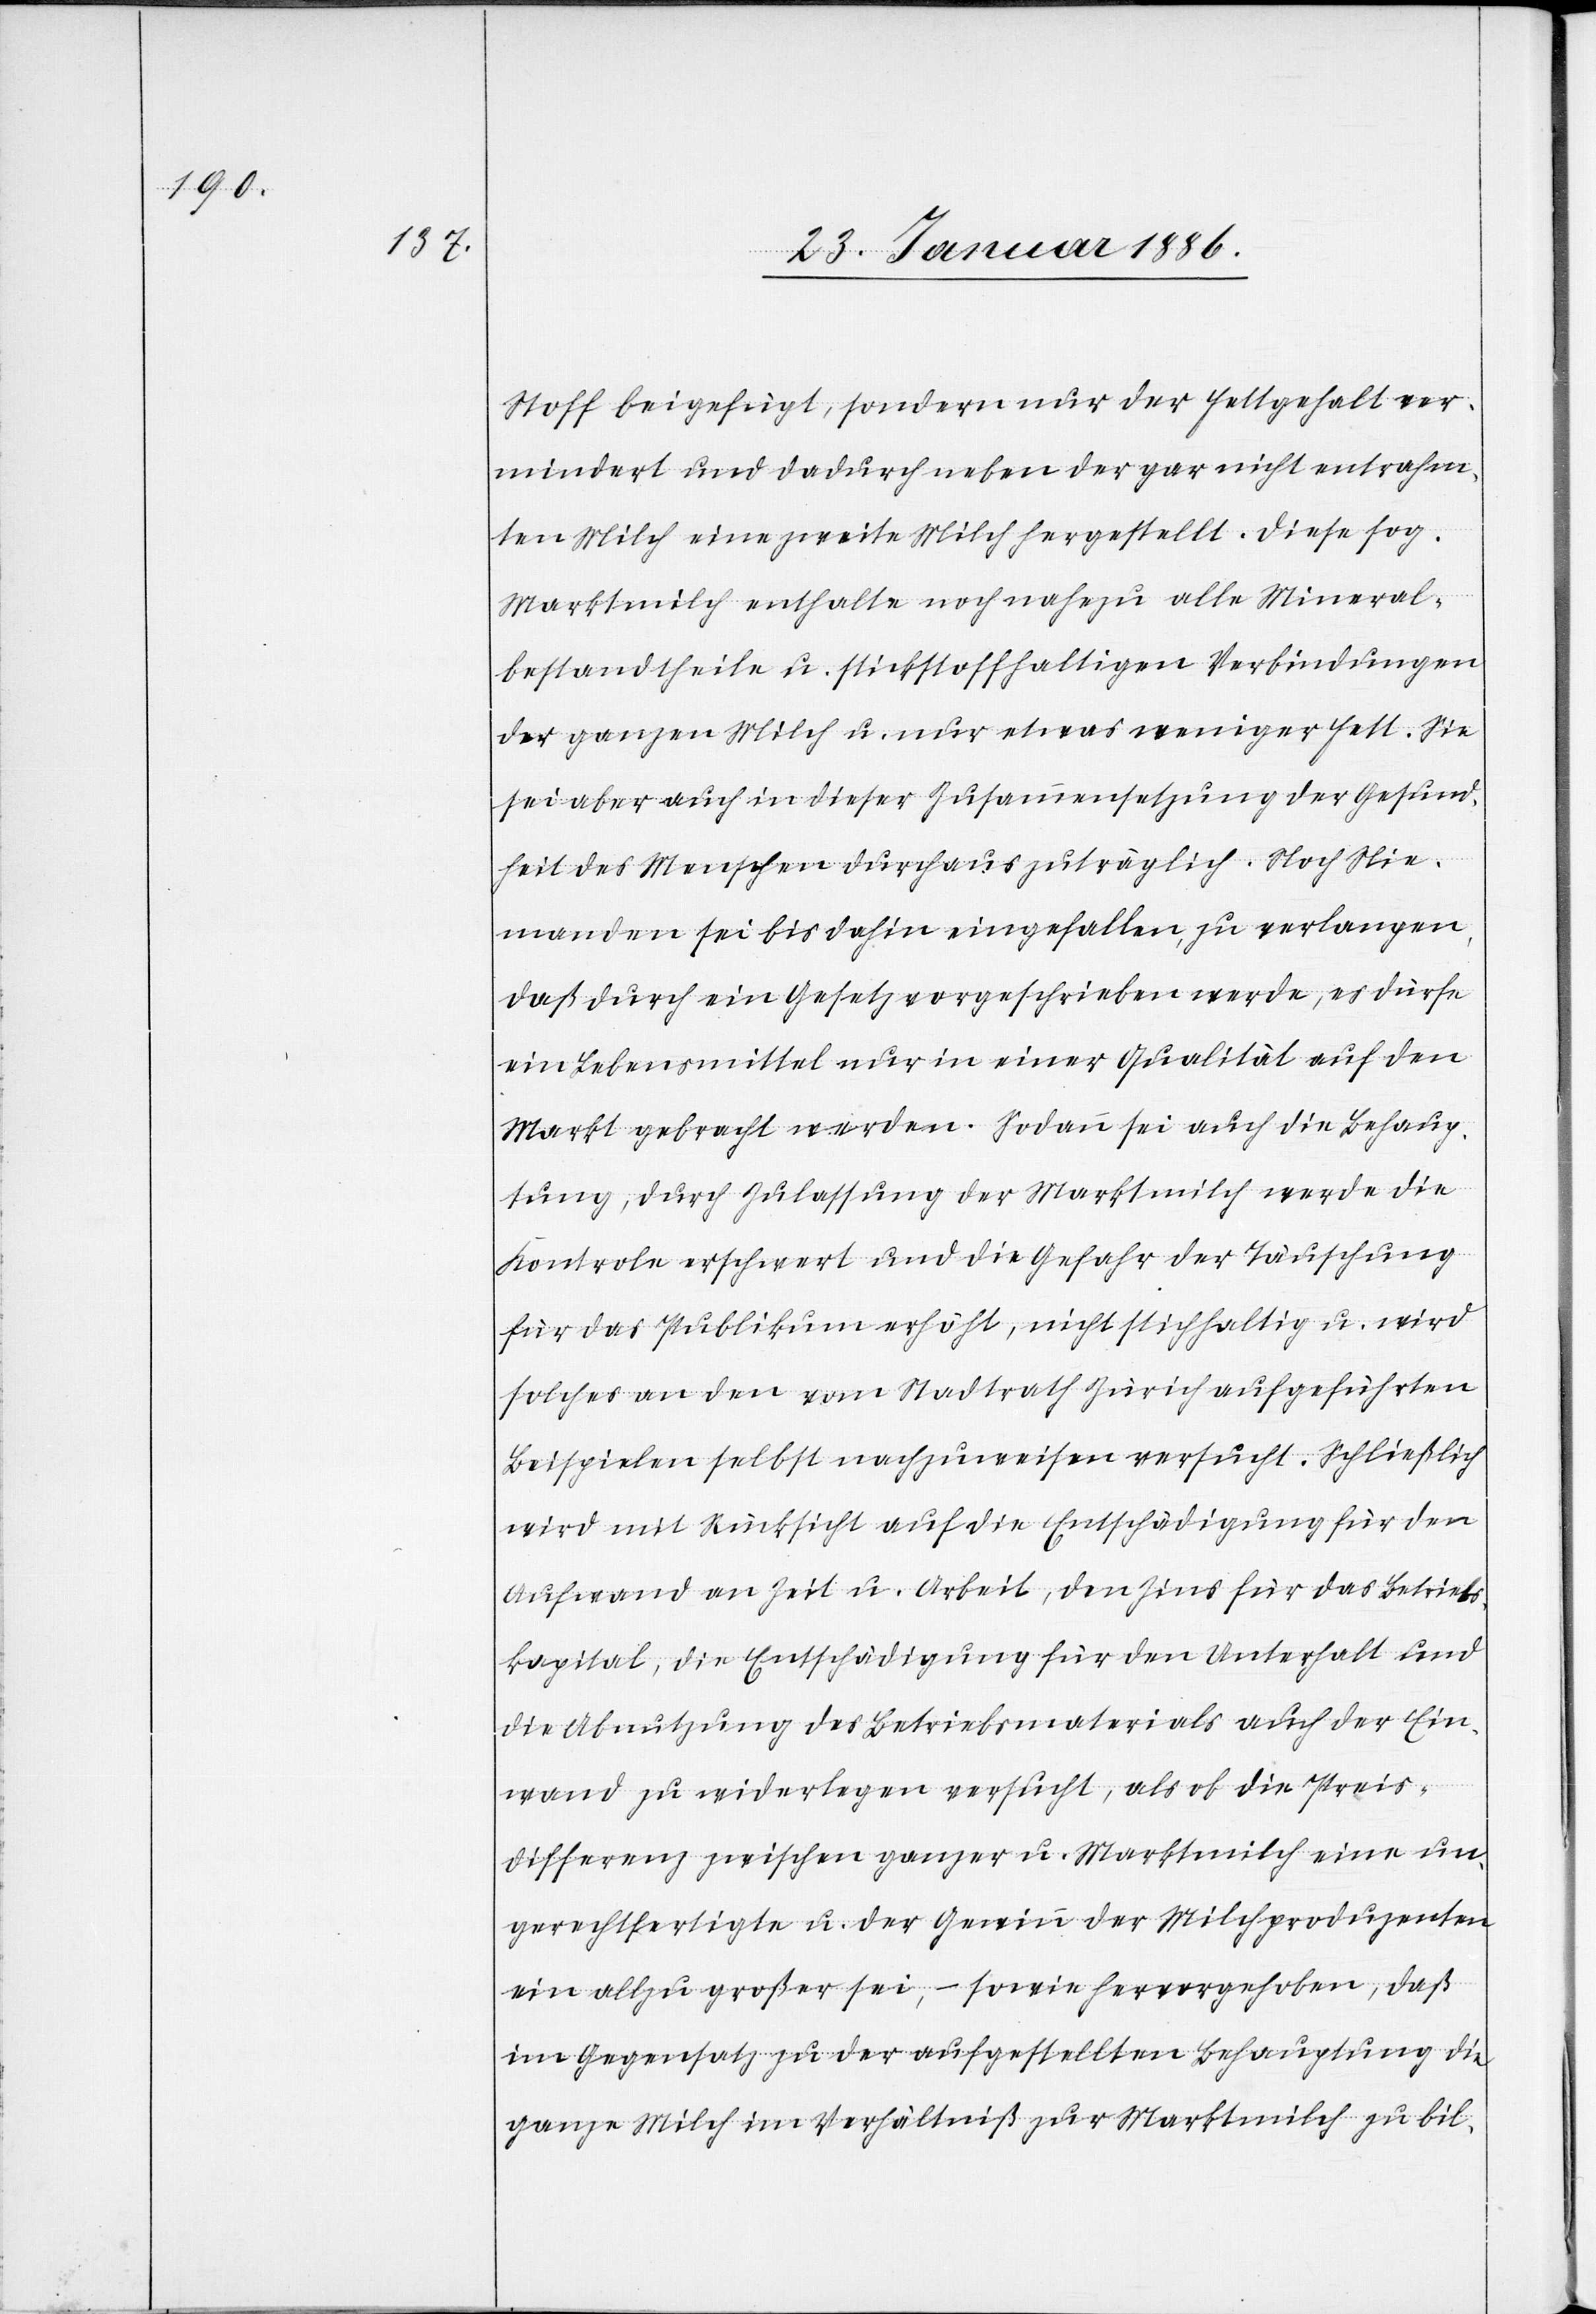
Stoff beigefügt, sondern nur der Fettgehalt ver¬
mindert und dadurch neben der gar nicht entrahm¬
ten Milch eine zweite Milch hergestellt. Diese sog.
Marktmilch enthalte noch nahezu alle Mineral¬
bestandtheile u. stickstoffhaltigen Verbindungen
der ganzen Milch u. nur etwas weniger fett. Sie
sei aber auch in dieser Zusammensetzung der Gesund¬
heit des Menschen durchaus zuträglich. Noch Nie¬
manden sei bis dahin eingefallen, zu verlangen,
daß durch ein Gesetz vorgeschrieben werde, es dürfe
ein Lebensmittel nur in einer Qualität auf den
Markt gebracht werden. Sodann sei auch die Behaup¬
tung, durch Zulassung der Marktmilch werde die
Kontrole erschwert und die Gefahr der Täuschung
für das Publikum erhöht, nicht stichhaltig u. wird
solches an den vom Stadtrath Zürich aufgeführten
Beispielen selbst nachzuweisen versucht. Schließlich
wird mit Rücksicht auf die Entschädigung für den
Aufwand an Zeit u. Arbeit, den Zins für das Betriebs¬
kapital, die Entschädigung für den Unterhalt und
die Abnutzung des Betriebsmaterials auch der Ein¬
wand zu widerlegen versucht, als ob die Preis¬
differenz zwischen ganzer u. Marktmilch eine un¬
gerechtfertigte u. der Gewinn der Milchproduzenten
ein allzu großer sei, – sowie hervorgehoben, daß
im Gegensatz zu der aufgestellten Behauptung die
ganze Milch im Verhältniß zur Marktmilch zu bil-